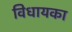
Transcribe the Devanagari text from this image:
विधायका